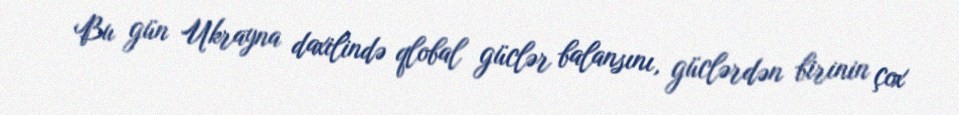
Bu gün Ukrayna daxilində qlobal güclər balansını, güclərdən birinin çox